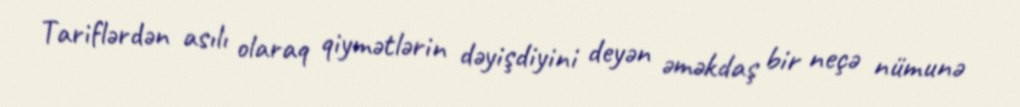
Tariflərdən asılı olaraq qiymətlərin dəyişdiyini deyən əməkdaş bir neçə nümunə